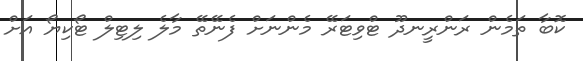
ކޮބާ ތަމެން ރަންރީނދޫ ޓްވިޓަރޭ މެންނަށް ފެނޭތޭ މާލެ ލިޓިލް ޓޯކިޔޯ އަށް